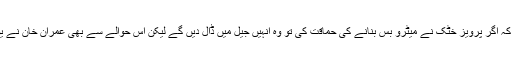
اِس کے برعکس عمران خان بڑے پروجیکٹس کے اِس قدر مخالف کہ کہا کرتے تھے کہ اگر پرویز خٹک نے میٹرو بس بنانے کی حماقت کی تو وہ انہیں جیل میں ڈال دیں گے لیکن اِس حوالے سے بھی عمران خان نے یوٹرن لیا اور اچانک خیبرپختونخوا میں بی آر ٹی منصوبہ شروع کرنے کا اعلان کردیا۔